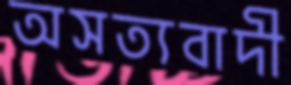
অসত্যবাদী